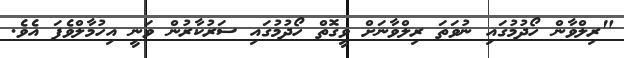
"ރިލްވާން ހޯދުމުގައި ނުވަތަ ރިލްވާނަށް ވީގޮތް ހޯދުމުގައި ސަރުކާރުން ވަނީ އިހުމާލްވެފަ އެވެ.